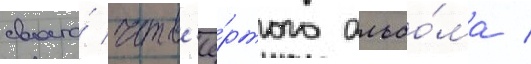
своего́ четв'ё́ртого альбо́ма /